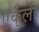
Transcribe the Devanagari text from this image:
एर्कुली